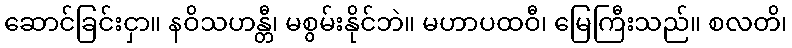
ဆောင်ခြင်းငှာ။ နဝိသဟန္တီ၊ မစွမ်းနိုင်ဘဲ။ မဟာပထဝီ၊ မြေကြီးသည်။ စလတိ၊